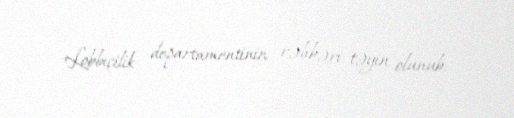
Lobbiçilik departamentinin rəhbəri təyin olunub.